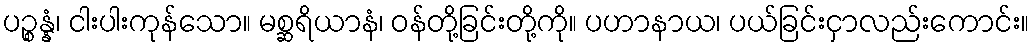
ပဉ္စန္နံ၊ ငါးပါးကုန်သော။ မစ္ဆရိယာနံ၊ ဝန်တို့ခြင်းတို့ကို။ ပဟာနာယ၊ ပယ်ခြင်းငှာလည်းကောင်း။